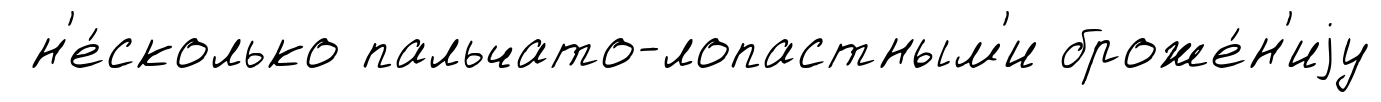
н'е́сколько пальчато-лопастным'и броже́н'иjу